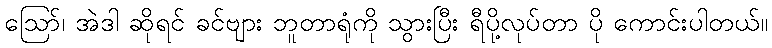
ဪ၊ အဲဒါ ဆိုရင် ခင်ဗျား ဘူတာရုံကို သွားပြီး ရီပို့လုပ်တာ ပို ကောင်းပါတယ်။